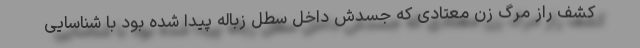
کشف راز مرگ زن معتادی که جسدش داخل سطل زباله پیدا شده بود با شناسایی